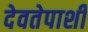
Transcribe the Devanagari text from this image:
देवतेपाशी